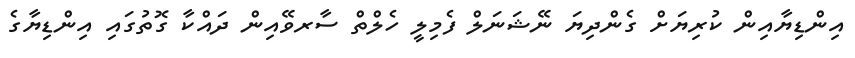
އިންޑިޔާއިން ކުރިޔަށް ގެންދިޔަ ނޭޝަނަލް ފެމިލީ ހެލްތް ސާރވޭއިން ދައްކާ ގޮތުގައި އިންޑިޔާގެ